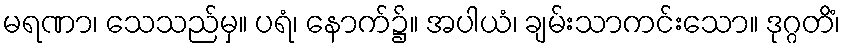
မရဏာ၊ သေသည်မှ။ ပရံ၊ နောက်၌။ အပါယံ၊ ချမ်းသာကင်းသော။ ဒုဂ္ဂတိံ၊